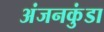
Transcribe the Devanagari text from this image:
अंजनकुंडा